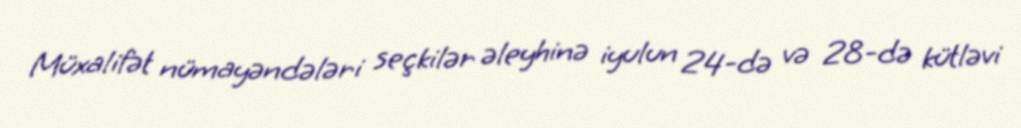
Müxalifət nümayəndələri seçkilər əleyhinə iyulun 24-də və 28-də kütləvi